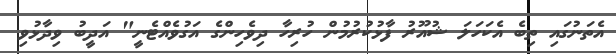
އެތަނުގައި ތިބެ އެކަހަލަ ޝުއޫރު ފާޅުކުރުމުން ހުރިހާ ދިވެހިންގެ އަގުވެއްޓެނީ" އަދީބު ވިދާޅުވި